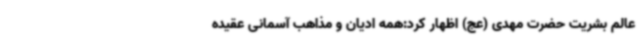
عالم بشریت حضرت مهدی (عج) اظهار کرد:همه ادیان و مذاهب آسمانی عقیده